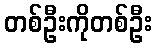
တစ်ဦးကိုတစ်ဦး